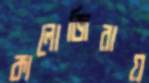
কালোজিরায়